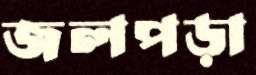
জলপড়া